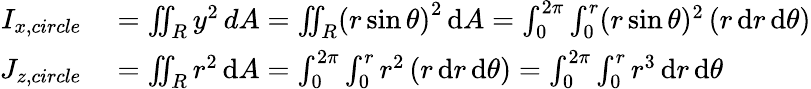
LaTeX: \begin{array}{rl}{I_{x,circle}}&{{}=\iint_{R}y^{2}\, dA=\iint_{R}(r\sin{\theta)}^{2}\, \mathrm{d}A=\int_{0}^{2\pi}\int_{0}^{r}(r\sin{\theta})^{2}\left(r\, \mathrm{d}r\, \mathrm{d}\theta\right)}\\ {J_{z,circle}}&{{}=\iint_{R}r^{2}\, \mathrm{d}A=\int_{0}^{2\pi}\int_{0}^{r}r^{2}\left(r\, \mathrm{d}r\, \mathrm{d}\theta\right)=\int_{0}^{2\pi}\int_{0}^{r}r^{3}\, \mathrm{d}r\, \mathrm{d}\theta}\end{array}